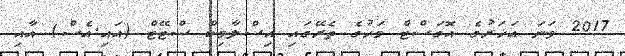
2017 ވަނަ އަހަރުގެ އޮގަސްޓް މަހުގެ ތެރޭގައި އިސްލާމިކް ސްޓޭޓް (އައި.އެސް) އާއި